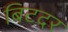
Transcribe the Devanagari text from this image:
बिटदर